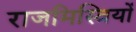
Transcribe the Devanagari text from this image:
राजमिस्त्रियों